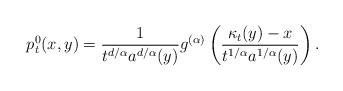
LaTeX: \begin{align*}p_t^0(x,y)= \frac{1}{t^{d/\alpha}a^{d/\alpha}(y)}g^{(\alpha)}\left({\kappa_t(y)-x\over t^{1/\alpha}a^{1/\alpha}(y)}\right).\end{align*}